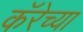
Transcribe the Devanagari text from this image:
कॅरेच्या